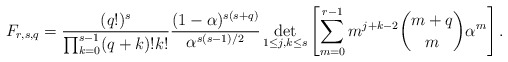
\begin{align*}F_{r,s,q}=\frac{(q!)^s}{\prod_{k=0}^{s-1} (q+k)! k!}\frac{(1-\alpha)^{s (s+q)}}{\alpha^{s(s-1)/2}}\det_{1\leq j,k\leq s}\left[\sum_{m=0}^{r-1}m^{j+k-2}\binom{m+q}{m}\alpha^m\right].\end{align*}